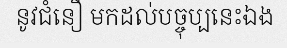
នូវជំនឿ មកដល់បច្ចុប្បនេះឯង